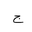
Letter: _gim